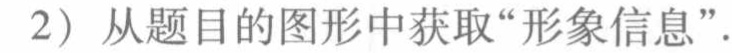
2）从题目的图形中获取“形象信息”.